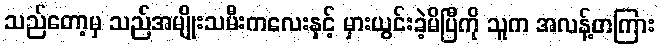
သည်တော့မှ သည်အမျိုးသမီးကလေးနှင့် မှားယွင်းခဲ့မိပြီကို သူက အလန့်တကြား